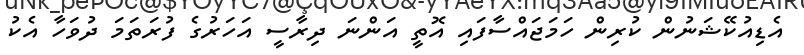
އެޑިއުކޭޝަނުން ކުރިން ހަމަޖައްސާފައި އޮތީ އަންނަ ދިރާސީ އަހަރުގެ ފުރަތަމަ ދުވަހާ އެކު